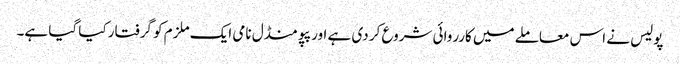
پولیس نے اس معاملے میں کارروائی شروع کر دی ہے اور پپو منڈل نامی ایک ملزم کو گرفتار کیا گیا ہے۔